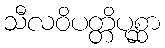
သီလဝိပတ္တိပုစ္ဆာ